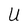
Character: U